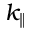
k _ { \parallel }